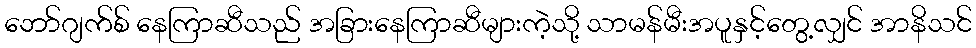
ဘော်ဂျက်စ် နေကြာဆီသည် အခြားနေကြာဆီများကဲ့သို့ သာမန်မီးအပူနှင့်တွေ့လျှင် အာနိသင်